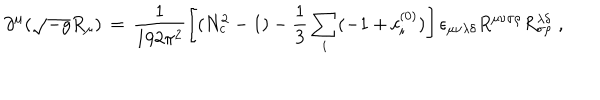
LaTeX: \partial ^ { \mu } ( \sqrt { - g } R _ { \mu } ) \, = \, \frac { 1 } { 1 9 2 \pi ^ { 2 } } \left[ ( N _ { c } ^ { 2 } - 1 ) - \frac { 1 } { 3 } \sum _ { i } ( - 1 + c _ { i } ^ { ( 0 ) } ) \right] \epsilon _ { \mu \nu \lambda \delta } R ^ { \mu \nu \sigma \rho } R _ { \sigma \rho } ^ { \lambda \delta } \; ,